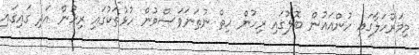
މިމަރުހަލާގައި ހުންއައުން ބޮލުގައި ރިހުން ހިތް ނުތަނަވަސްވުން ހުޅުތަކުގައި ރިހުން އަދި ގައިގައި